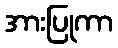
အားပြုကာ